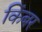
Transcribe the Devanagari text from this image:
किंबर